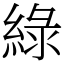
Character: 綠